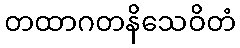
တထာဂတနိသေဝိတံ